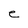
Character: e